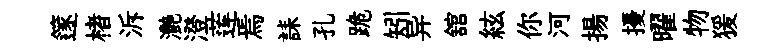
篴楮泝灧澄莲焉誄孔跪矧异舘絃你河揚擾曜物猨